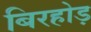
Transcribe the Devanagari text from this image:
बिरहोड़